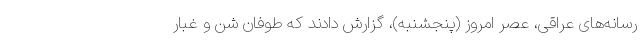
رسانه‌های عراقی، عصر امروز (پنجشنبه)، گزارش دادند که طوفان شن و غبار